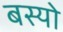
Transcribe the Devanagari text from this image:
बस्‍यो